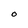
Character: O